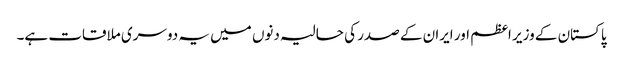
پاکستان کے وزیر اعظم اور ایران کے صدر کی حالیہ دنوں میں یہ دوسری ملاقات ہے۔